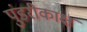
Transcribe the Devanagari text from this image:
पुंडरीकाक्ष